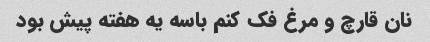
نان قارچ و مرغ فک کنم باسه یه هفته پیش بود